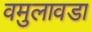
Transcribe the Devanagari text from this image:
वमुलावडा